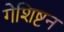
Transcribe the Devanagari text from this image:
गेशिष्टन